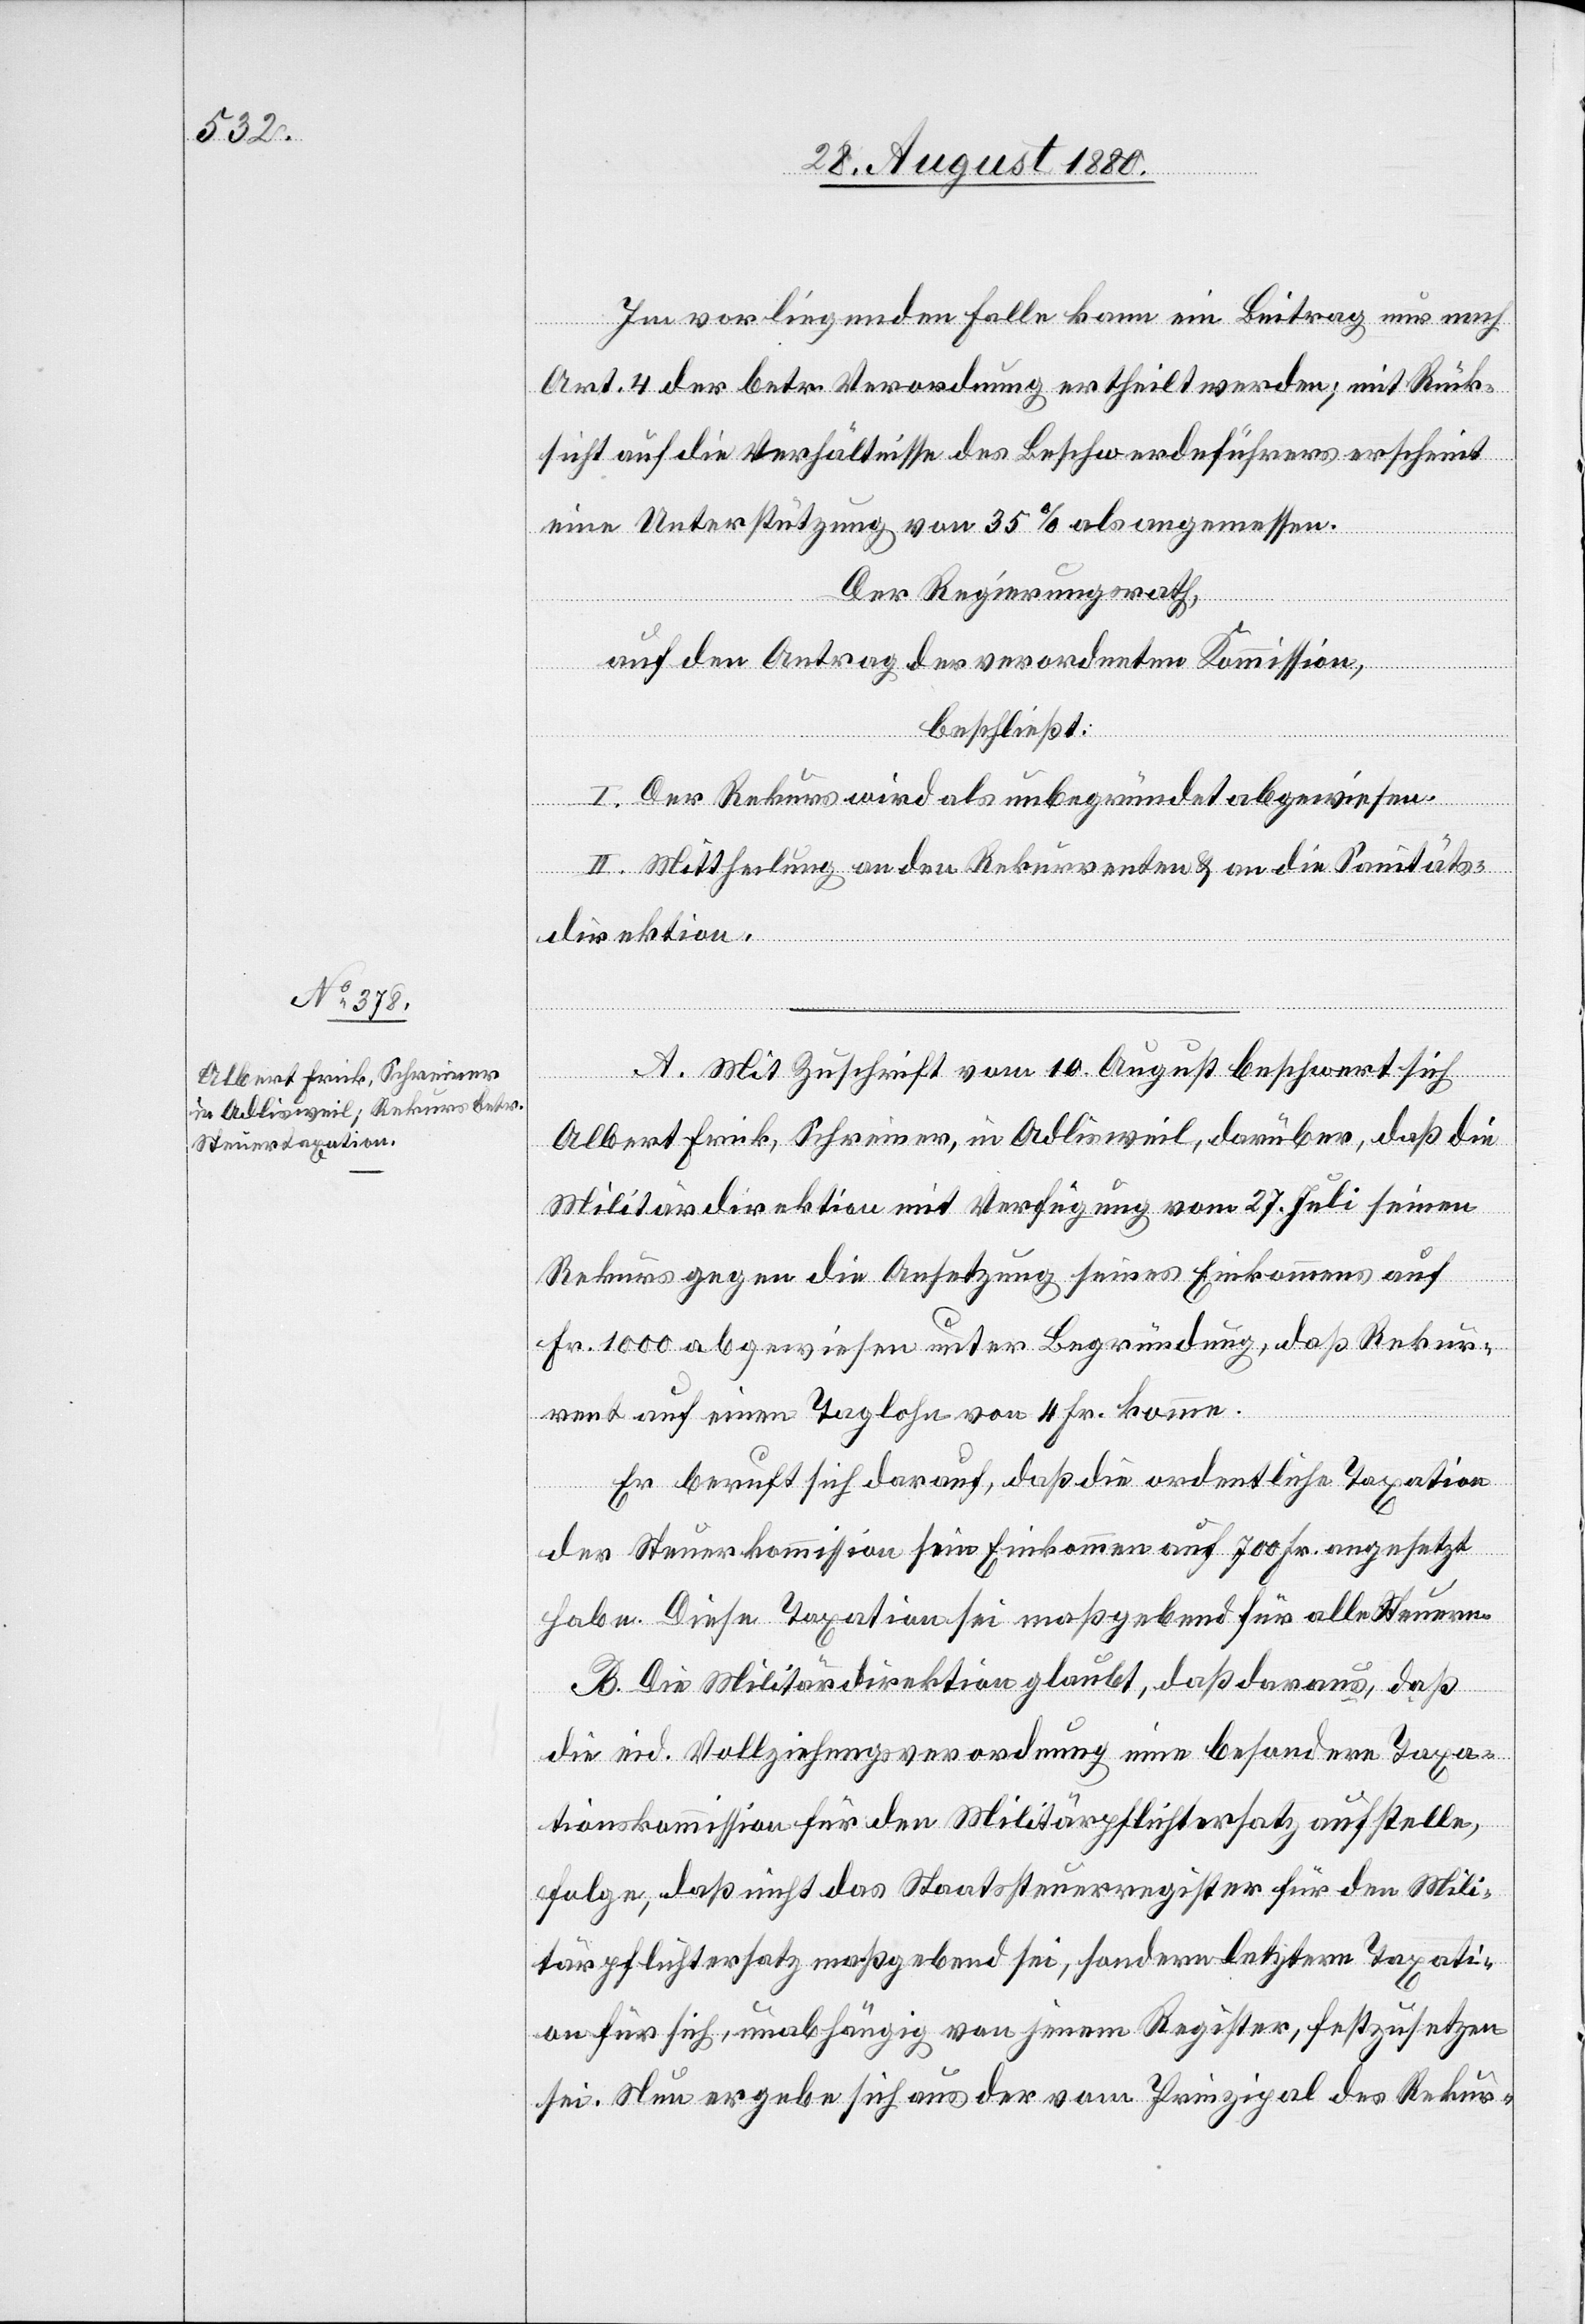
Im vorliegenden Falle kann ein Beitrag nur nach
Art. 4 der betr. Verordnung ertheilt werden, mit Rück¬
sicht auf die Verhältnisse des Beschwerdeführers erscheint
eine Unterstützung von 35 % als angemessen.
Der Regierungsrath,
auf den Antrag der verordneten Kommission,
beschließt:
I. Der Rekurs wird als unbegründet abgewiesen.
II. Mittheilung an den Rekurrenten & an die Sanitäts¬
direktion.
A. Mit Zuschrift vom 10. August beschwert sich
Albert Frick, Schreiner, in Adlisweil, darüber, daß die
Militärdirektion mit Verfügung vom 27. Juli seinen
Rekurs gegen die Ansetzung seines Einkommens auf
Fr. 1000 abgewiesen unter Begründung, daß Rekur¬
rent auf einen Taglohn von 4 Fr. komme.
Er beruft sich darauf, daß die ordentliche Taxation
der Steuerkommission sein Einkommen auf 700 Fr. angesetzt
habe. Diese Taxation sei maßgebend für alle Steuern.
B. Die Militärdirektion glaubt, daß daraus, daß
die eid. Vollziehungsverordnung eine besondere Taxa¬
tionskommission für den Militärpflichtersatz aufstelle,
folge, daß nicht das Staatssteuerregister für den Mili¬
tärpflichtersatz maßgebend sei, sondern letztere Taxati¬
on für sich, unabhängig von jenem Register, festzusetzen
sei. Neu ergebe sich aus der vom Prinzipal des Rekur-